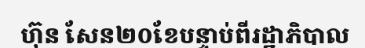
ហ៊ុន សែន២០ខែបន្ទាប់ពីរដ្ឋាភិបាល